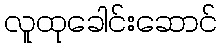
လူထုခေါင်းဆောင်